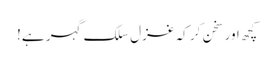
کچھ اور سخن کر کہ غزل سلکِ گہر ہے!